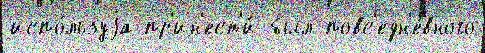
испо́льзуjа пр'ин'ест'и́ был повс'едн'е́вного